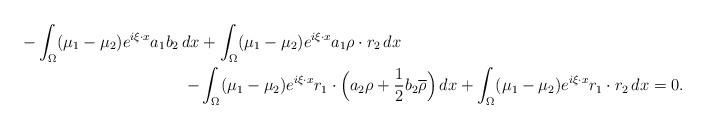
LaTeX: \begin{align*}-\int_\Omega (\mu_1 - \mu_2) e^{i\xi\cdot x} a_1 b_2\,dx &+ \int_\Omega (\mu_1 - \mu_2) e^{i\xi\cdot x} a_1 \rho\cdot r_2\,dx\\-&\int_\Omega (\mu_1 - \mu_2) e^{i\xi\cdot x} r_1\cdot \Big(a_2\rho+\frac{1}{2}b_2\overline\rho\Big)\,dx + \int_\Omega (\mu_1 - \mu_2) e^{i\xi\cdot x} r_1\cdot r_2\,dx= 0.\end{align*}